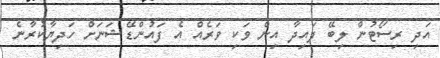
އަދި ރިސޯޓުން ލިބޭ ފައިދާ އިން ވަކި ވަރެއް އެ ފައުންޑޭޝަނަށް ހަދިޔާކުރާނެ